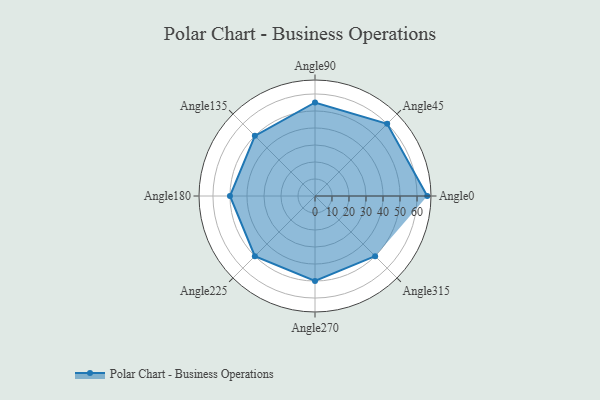
{"axis": {"x": "Angle", "y": "Radius"}, "legend": [""], "data": [{"x": "Angle0", "y": 66.0, "type": ""}, {"x": "Angle45", "y": 60.0, "type": ""}, {"x": "Angle90", "y": 55.0, "type": ""}, {"x": "Angle135", "y": 50.0, "type": ""}, {"x": "Angle180", "y": 50, "type": ""}, {"x": "Angle225", "y": 50, "type": ""}, {"x": "Angle270", "y": 50, "type": ""}, {"x": "Angle315", "y": 50, "type": ""}]}